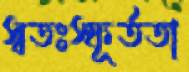
স্বতঃস্ফূর্ততা